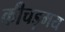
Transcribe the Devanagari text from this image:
कीचड़मय